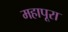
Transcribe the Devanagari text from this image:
महापूरा